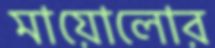
মায়োলোর